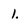
Character: 1